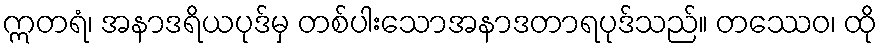
ဣတရံ၊ အနာဒရိယပုဒ်မှ တစ်ပါးသောအနာဒတာရပုဒ်သည်။ တဿေဝ၊ ထို